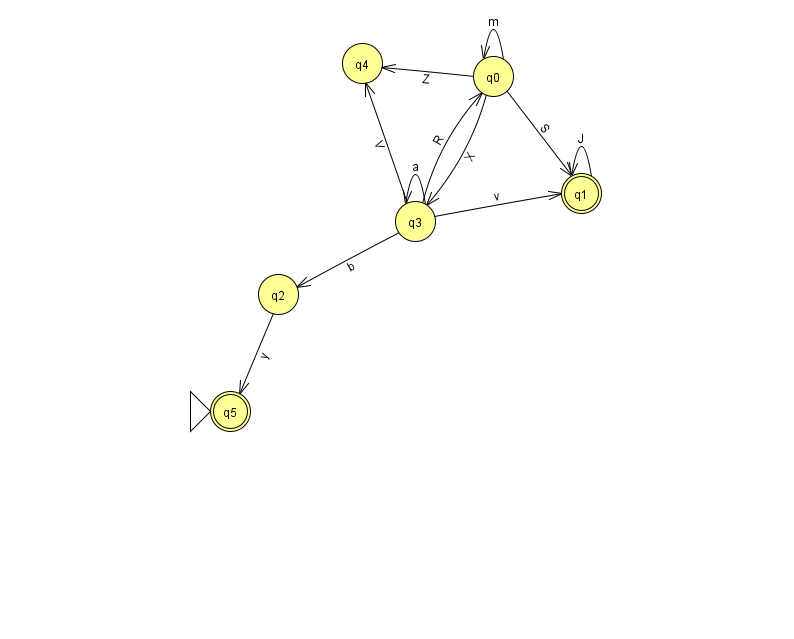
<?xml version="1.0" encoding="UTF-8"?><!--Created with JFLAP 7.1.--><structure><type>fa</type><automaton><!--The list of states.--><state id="0" name="q0"><x>493.0</x><y>63.0</y></state><state id="1" name="q1"><x>581.0</x><y>180.0</y><final/></state><state id="2" name="q2"><x>278.0</x><y>281.0</y></state><state id="3" name="q3"><x>415.0</x><y>208.0</y></state><state id="4" name="q4"><x>362.0</x><y>50.0</y></state><state id="5" name="q5"><x>230.0</x><y>398.0</y><initial/><final/></state><!--The list of transitions.--><transition><from>3</from><to>3</to><read>a</read></transition><transition><from>3</from><to>0</to><read>R</read></transition><transition><from>2</from><to>5</to><read>y</read></transition><transition><from>3</from><to>2</to><read>b</read></transition><transition><from>0</from><to>4</to><read>Z</read></transition><transition><from>0</from><to>1</to><read>S</read></transition><transition><from>0</from><to>3</to><read>X</read></transition><transition><from>1</from><to>1</to><read>J</read></transition><transition><from>3</from><to>4</to><read>V</read></transition><transition><from>0</from><to>0</to><read>m</read></transition><transition><from>3</from><to>1</to><read>v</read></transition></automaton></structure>